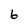
Character: 6